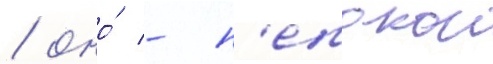
/ оно́ - н'епокои